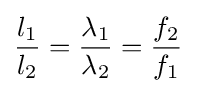
{l_{\text{1}} \over l_{\text{2}}}={\lambda _{\text{1}} \over \lambda _{\text{2}}}={f_{\text{2}} \over f_{\text{1}}}